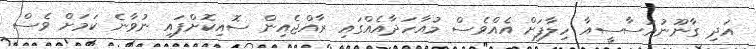
އަދި ގާނޫނުއަސާސީއާ ހިލާފަށް އެއްވެސް މުއާހަދާއެއްގައި ރާއްޖެއިން ސޮއިކޮށްފައި ނުވާނެ ކަމަށް ވެސް